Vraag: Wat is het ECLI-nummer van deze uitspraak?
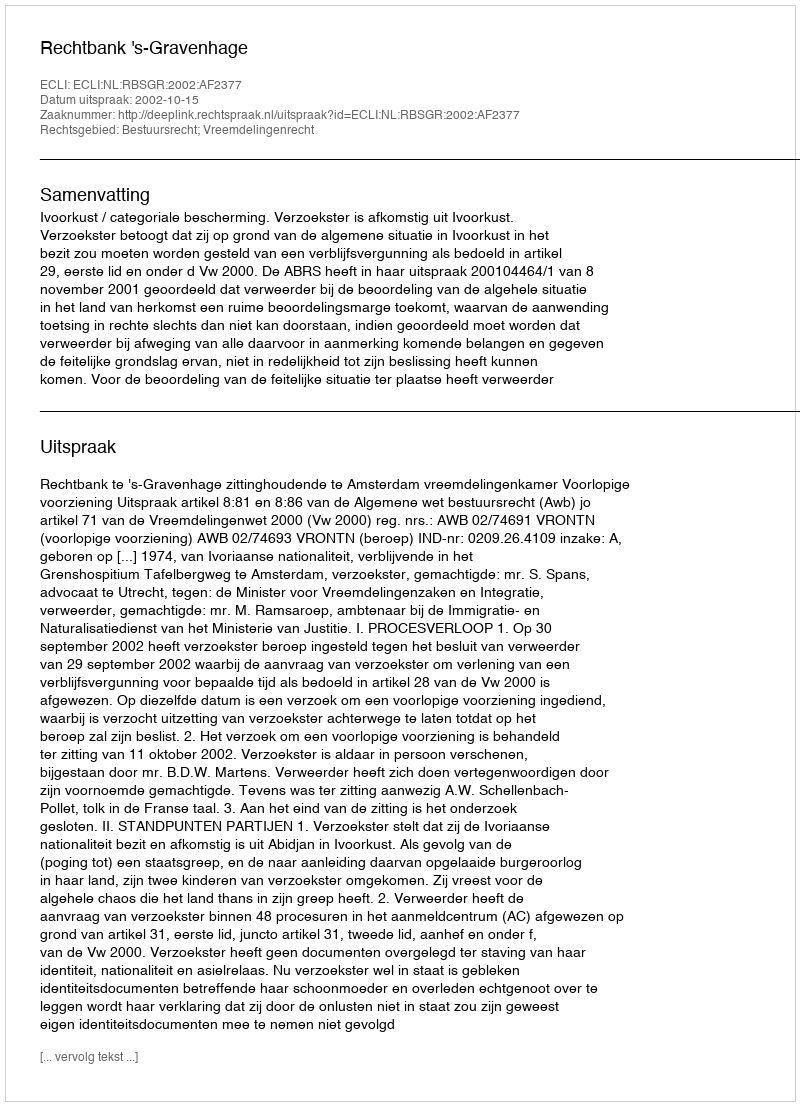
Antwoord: ECLI:NL:RBSGR:2002:AF2377